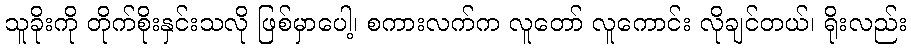
သူခိုးကို တိုက်စိုးနှင်းသလို ဖြစ်မှာပေါ့၊ စကားလက်က လူတော် လူကောင်း လိုချင်တယ်၊ ရိုးလည်း